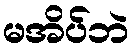
မအိပ်ဘဲ